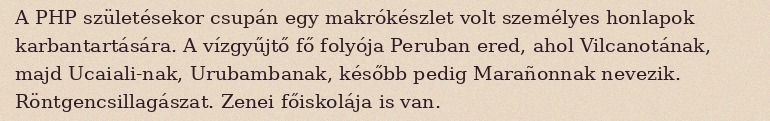
A PHP születésekor csupán egy makrókészlet volt személyes honlapok karbantartására. A vízgyűjtő fő folyója Peruban ered, ahol Vilcanotának, majd Ucaiali-nak, Urubambanak, később pedig Marañonnak nevezik. Röntgencsillagászat. Zenei főiskolája is van.